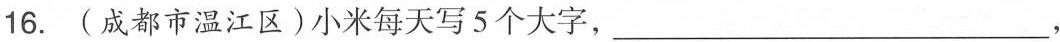
16.(成都市温江区)小米每天写5个大字， ——————，